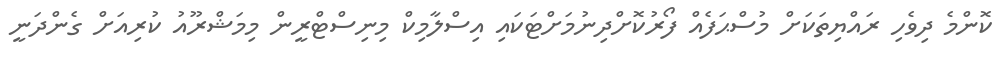
ކޮންމެ ދިވެހި ރައްޔިތަކަށް މުސްޙަފެއް ފޯރުކޮށްދިނުމަށްޓަކައި އިސްލާމިކް މިނިސްޓްރީން މިމަޝްރޫއު ކުރިއަށް ގެންދަނީ